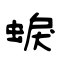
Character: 蜧